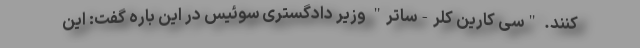
کنند. "سی کارین کلر-ساتر" وزیر دادگستری سوئیس در این باره گفت: این